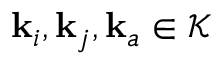
\mathbf { k } _ { i } , \mathbf { k } _ { j } , \mathbf { k } _ { a } \in \mathcal { K }